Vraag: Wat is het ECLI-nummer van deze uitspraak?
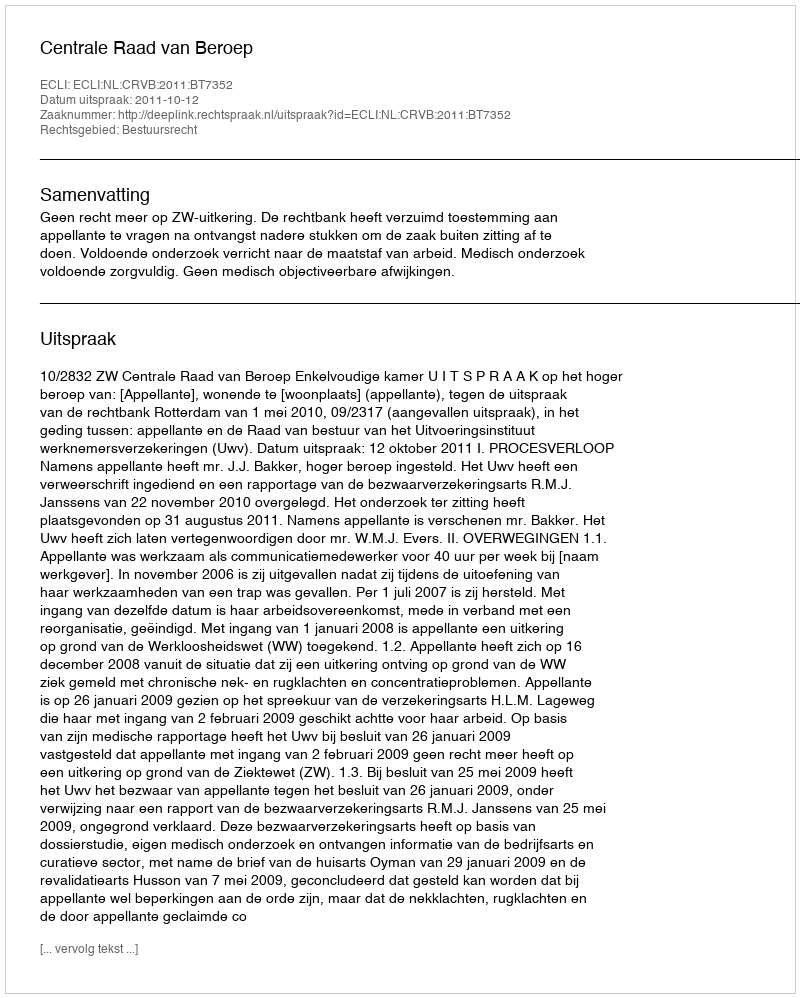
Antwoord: ECLI:NL:CRVB:2011:BT7352